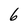
Character: 6